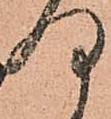
何